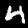
Label: 4